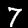
Digit: 7